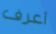
أعرف